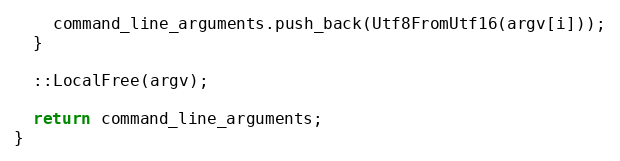
Language: C++
    command_line_arguments.push_back(Utf8FromUtf16(argv[i]));
  }

  ::LocalFree(argv);

  return command_line_arguments;
}